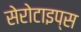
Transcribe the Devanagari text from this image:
सेरोटाइप्स